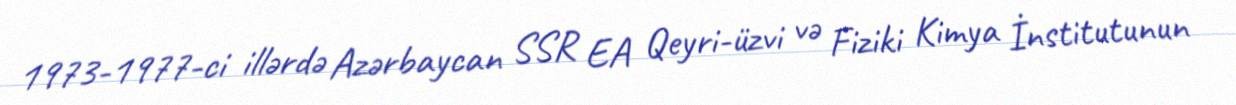
1973-1977-ci illərdə Azərbaycan SSR EA Qeyri-üzvi və Fiziki Kimya İnstitutunun